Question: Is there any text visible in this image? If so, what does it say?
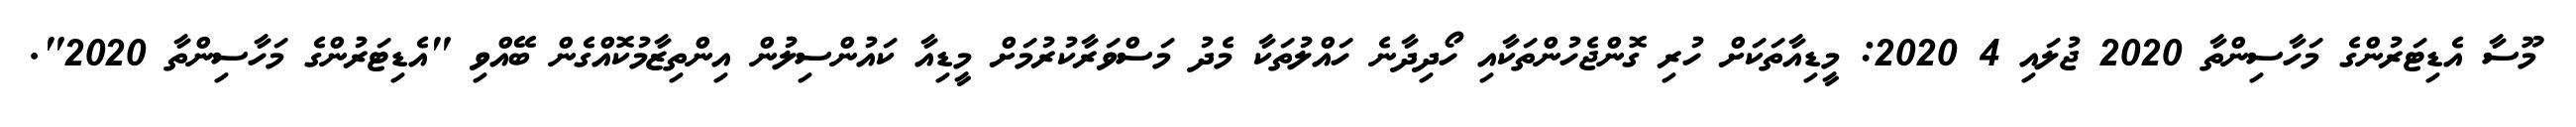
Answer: މޫސާ އެޑިޓަރުންގެ މަހާސިންތާ 2020 ޖުލައި 4 2020: މީޑިއާތަކަށް ހުރި ގޮންޖެހުންތަކާއި ހޯދިދާނެ ހައްލުތަކާ މެދު މަސްވަރާކުރުމަށް މީޑިއާ ކައުންސިލުން އިންތިޒާމުކޮއްގެން ބޭއްވި "އެޑިޓަރުންގެ މަހާސިންތާ 2020".